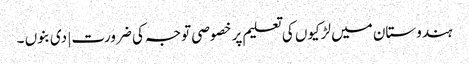
ہندوستان میں لڑکیوں کی تعلیم پر خصوصی توجہ کی ضرورت | دی بنوں ۔